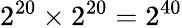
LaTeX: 2^{20}\times 2^{20}=2^{40}